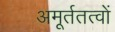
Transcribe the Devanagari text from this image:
अमूर्ततत्वों